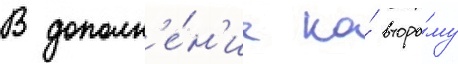
В дополн'е́н'ие ко́ второ́му